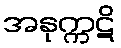
အနုက္ကဋိ